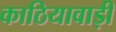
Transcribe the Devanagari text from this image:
काठियावाड़ी